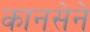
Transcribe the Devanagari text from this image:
कानसेने